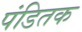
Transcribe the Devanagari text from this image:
पंडितक